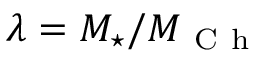
\lambda = M _ { \star } / M _ { \mathrm { ~ C ~ h ~ } }